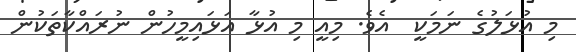
މި އުޅަލުގެ ނަމަކީ  އެވެ. މިއީ މި އުޅާ އަޅައިމީހުން ނުރައްކާތަކުން